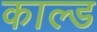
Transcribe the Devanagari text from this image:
काल्ड